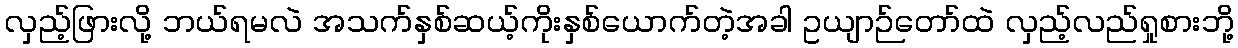
လှည့်ဖြားလို့ ဘယ်ရမလဲ အသက်နှစ်ဆယ့်ကိုးနှစ်ယောက်တဲ့အခါ ဥယျာဉ်တော်ထဲ လှည့်လည်ရှုစားဘို့